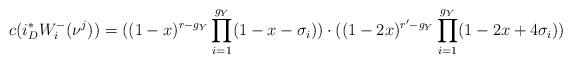
LaTeX: \begin{align*} c(i^{*}_{D}W^{-}_{i}(\nu^{j}))=((1-x)^{r-g_{Y}}\prod_{i=1}^{g_{Y}}(1-x-\sigma_{i}))\cdot( (1-2x)^{r'-g_{Y}}\prod_{i=1}^{g_{Y}}(1-2x+4\sigma_{i}) ) \end{align*}